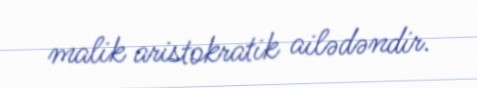
malik aristokratik ailədəndir.